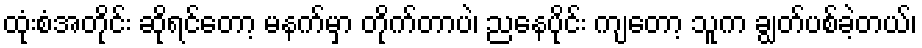
ထုံးစံအတိုင်း ဆိုရင်တော့ မနက်မှာ တိုက်တာပဲ၊ ညနေပိုင်း ကျတော့ သူက ချွတ်ပစ်ခဲ့တယ်၊